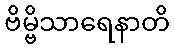
ဗိမ္ဗိသာရေနာတိ